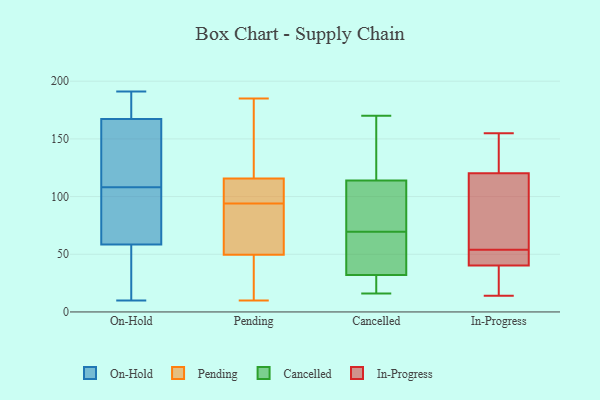
{"axis": {"x": "Churn Rate (%)", "y": "Value"}, "legend": ["Cancelled", "In-Progress", "On-Hold", "Pending"], "data": [{"x": "", "y": 29, "type": "On-Hold"}, {"x": "", "y": 25, "type": "On-Hold"}, {"x": "", "y": 113, "type": "On-Hold"}, {"x": "", "y": 99, "type": "On-Hold"}, {"x": "", "y": 191, "type": "On-Hold"}, {"x": "", "y": 168, "type": "On-Hold"}, {"x": "", "y": 185, "type": "On-Hold"}, {"x": "", "y": 189, "type": "On-Hold"}, {"x": "", "y": 150, "type": "On-Hold"}, {"x": "", "y": 45, "type": "On-Hold"}, {"x": "", "y": 106, "type": "On-Hold"}, {"x": "", "y": 101, "type": "On-Hold"}, {"x": "", "y": 165, "type": "On-Hold"}, {"x": "", "y": 108, "type": "On-Hold"}, {"x": "", "y": 10, "type": "On-Hold"}, {"x": "", "y": 79, "type": "Pending"}, {"x": "", "y": 112, "type": "Pending"}, {"x": "", "y": 181, "type": "Pending"}, {"x": "", "y": 111, "type": "Pending"}, {"x": "", "y": 100, "type": "Pending"}, {"x": "", "y": 162, "type": "Pending"}, {"x": "", "y": 54, "type": "Pending"}, {"x": "", "y": 111, "type": "Pending"}, {"x": "", "y": 38, "type": "Pending"}, {"x": "", "y": 30, "type": "Pending"}, {"x": "", "y": 94, "type": "Pending"}, {"x": "", "y": 48, "type": "Pending"}, {"x": "", "y": 185, "type": "Pending"}, {"x": "", "y": 117, "type": "Pending"}, {"x": "", "y": 35, "type": "Pending"}, {"x": "", "y": 89, "type": "Pending"}, {"x": "", "y": 87, "type": "Pending"}, {"x": "", "y": 131, "type": "Pending"}, {"x": "", "y": 10, "type": "Pending"}, {"x": "", "y": 72, "type": "Cancelled"}, {"x": "", "y": 36, "type": "Cancelled"}, {"x": "", "y": 67, "type": "Cancelled"}, {"x": "", "y": 24, "type": "Cancelled"}, {"x": "", "y": 114, "type": "Cancelled"}, {"x": "", "y": 170, "type": "Cancelled"}, {"x": "", "y": 16, "type": "Cancelled"}, {"x": "", "y": 32, "type": "Cancelled"}, {"x": "", "y": 102, "type": "Cancelled"}, {"x": "", "y": 150, "type": "Cancelled"}, {"x": "", "y": 44, "type": "In-Progress"}, {"x": "", "y": 54, "type": "In-Progress"}, {"x": "", "y": 115, "type": "In-Progress"}, {"x": "", "y": 82, "type": "In-Progress"}, {"x": "", "y": 46, "type": "In-Progress"}, {"x": "", "y": 145, "type": "In-Progress"}, {"x": "", "y": 39, "type": "In-Progress"}, {"x": "", "y": 14, "type": "In-Progress"}, {"x": "", "y": 122, "type": "In-Progress"}, {"x": "", "y": 155, "type": "In-Progress"}, {"x": "", "y": 25, "type": "In-Progress"}]}